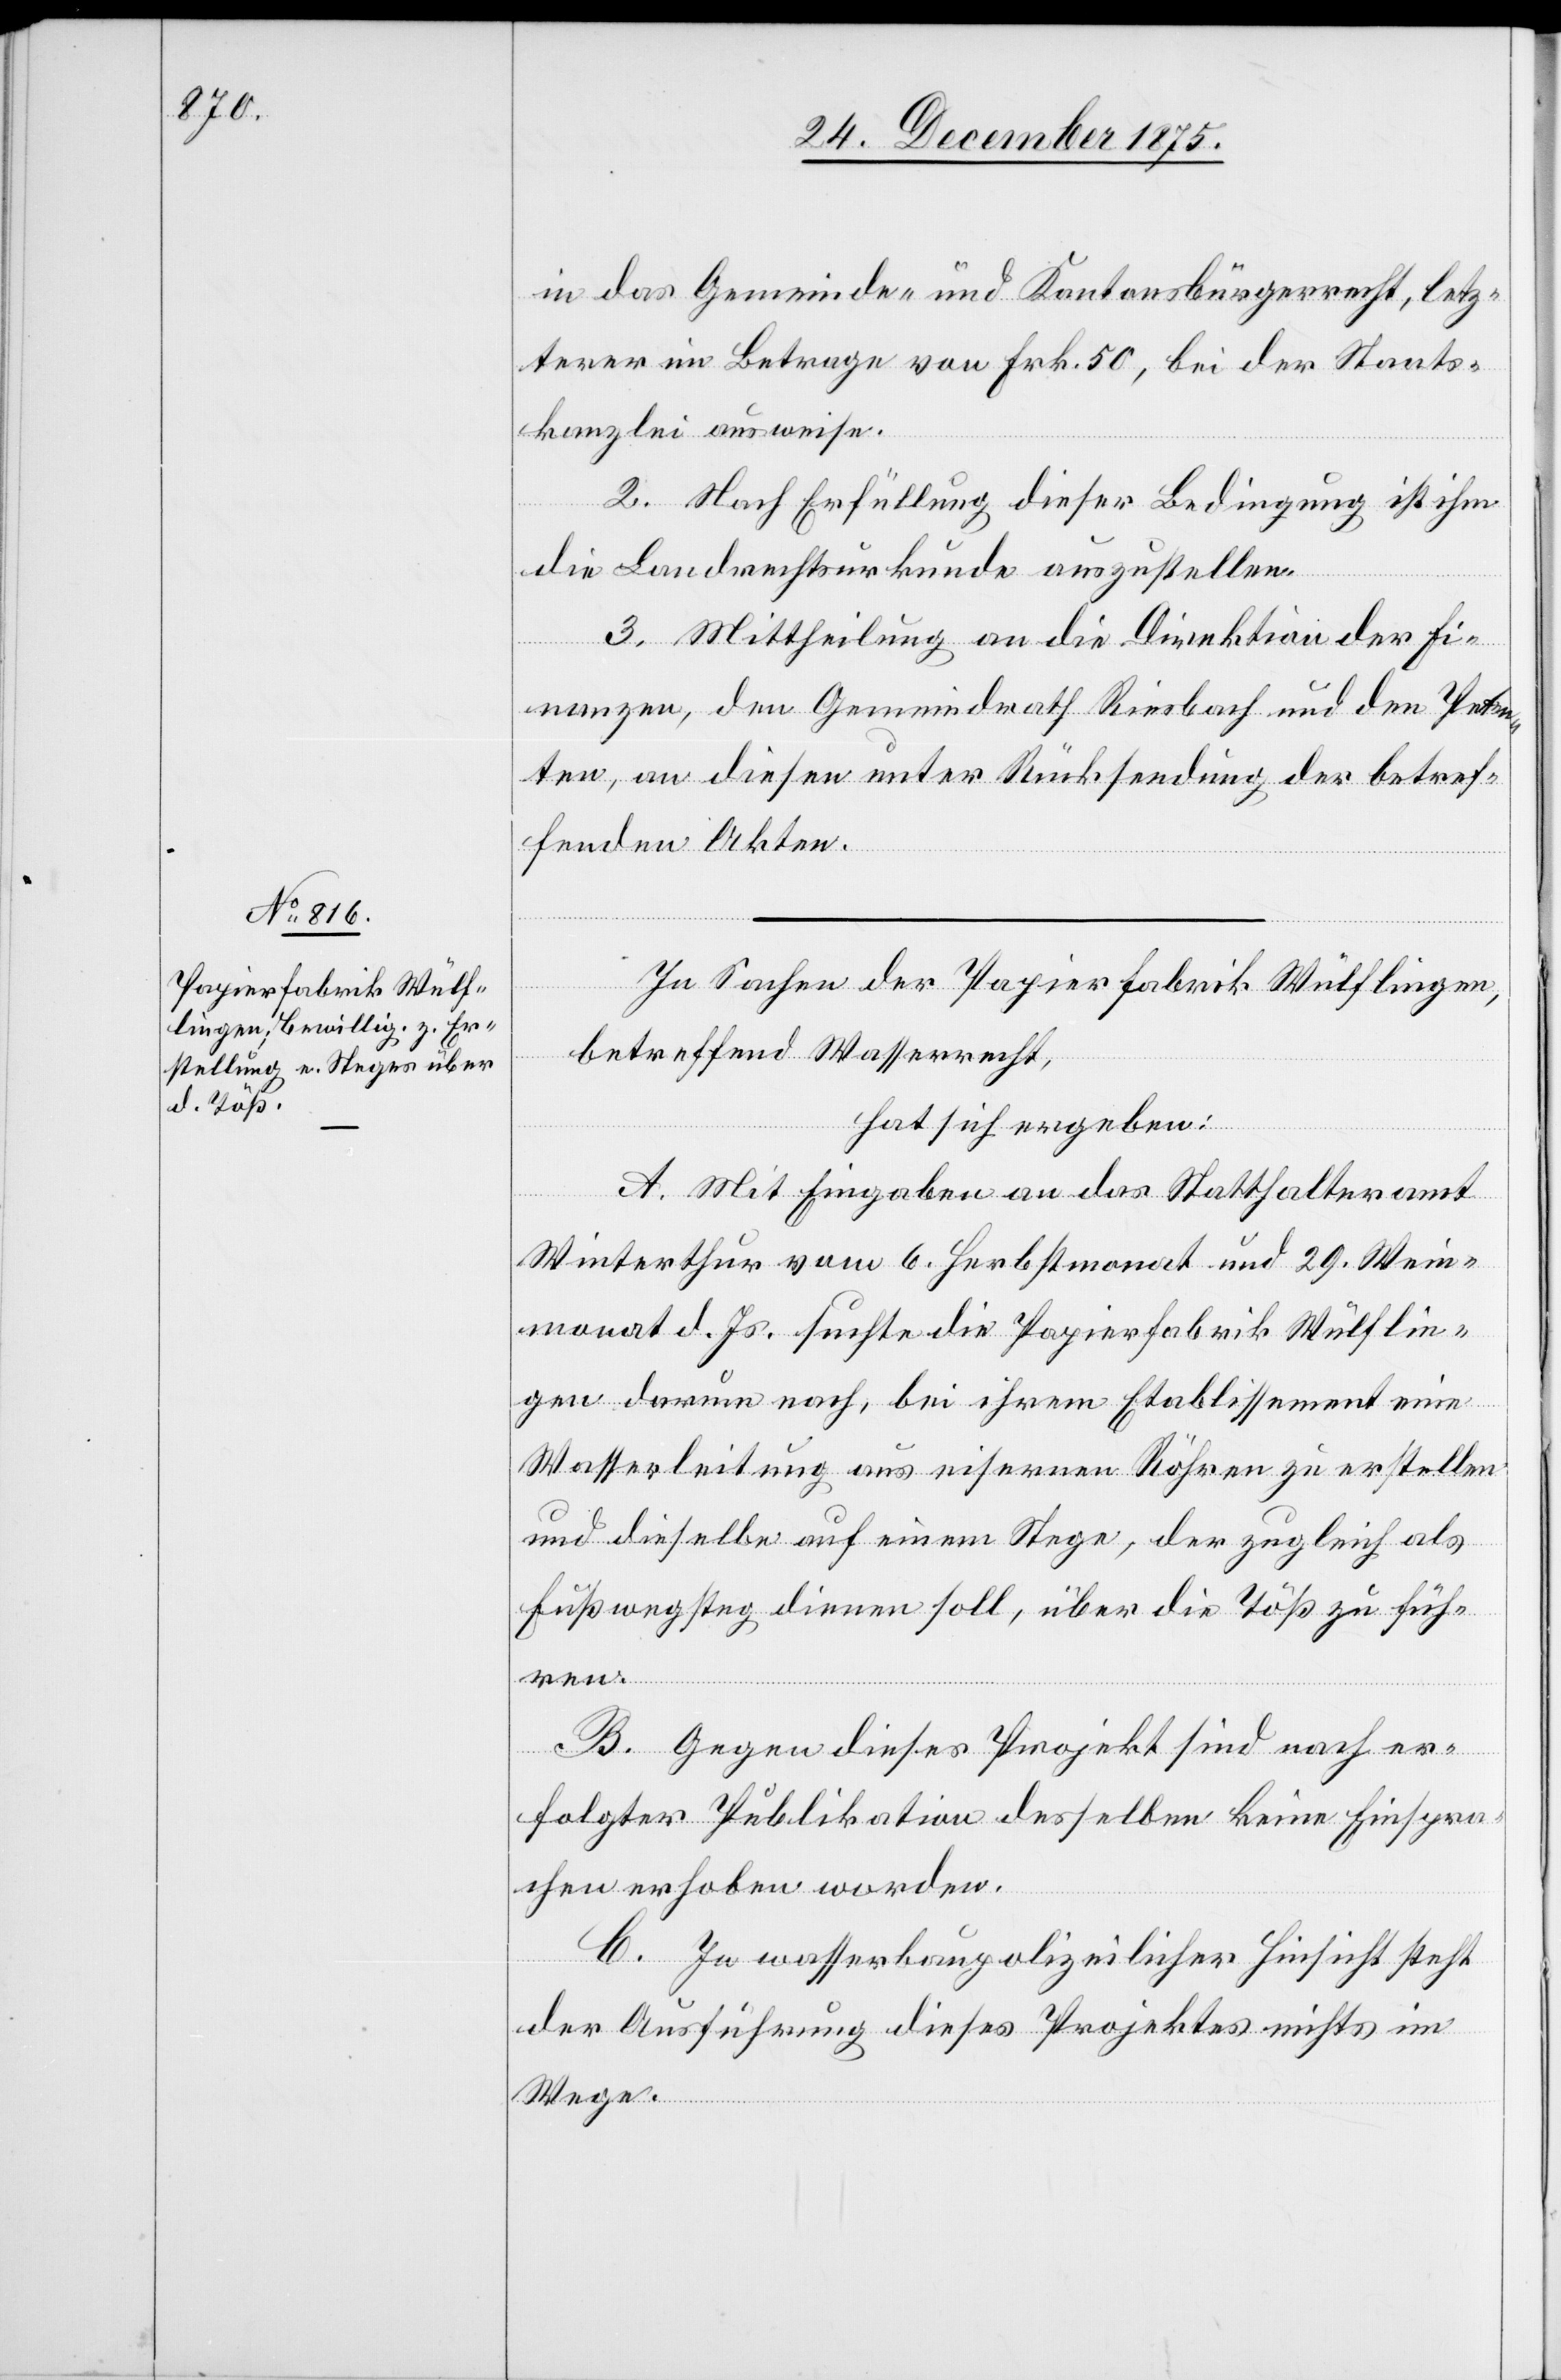
in das Gemeinde- und Kantonsbürgerrecht, letz¬
terer im Betrage von Frk. 50, bei der Staats¬
kanzlei ausweise.
2. Nach Erfüllung dieser Bedingung ist ihm
die Landrechtsurkunde auszustellen.
3. Mittheilung an die Direktion der Fi¬
nanzen, den Gemeindrath Riesbach und den Peten¬
ten, an diesen unter Rücksendung der betref¬
fenden Akten.
In Sachen der Papierfabrik Wülflingen,
betreffend Wasserrecht,
hat sich ergeben:
A. Mit Eingaben an das Statthalteramt
Winterthur vom 6. Herbstmonat und 29. Wein¬
monat d. Js. suchte die Papierfabrik Wülflin¬
gen darum nach, bei ihrem Etablissement eine
Wasserleitung aus eisernen Röhren zu erstellen
und dieselbe auf einem Stege, der zugleich als
Fußwegsteg dienen soll, über die Töß zu füh¬
ren.
B. Gegen dieses Projekt sind nach er¬
folgter Publikation desselben keine Einspra¬
chen erhoben worden.
C. In wasserbaupolizeilicher Hinsicht steht
der Ausführung dieses Projektes nichts im
Wege.